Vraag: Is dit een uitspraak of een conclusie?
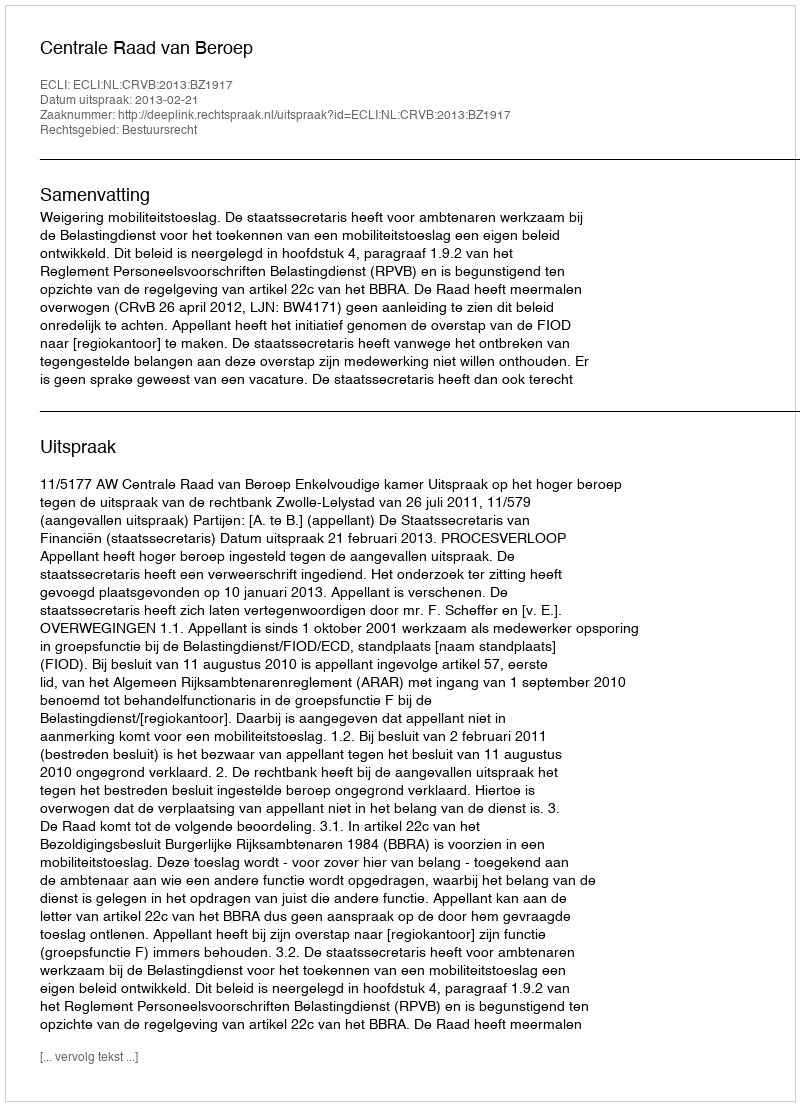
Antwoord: Uitspraak